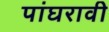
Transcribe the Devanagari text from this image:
पांघरावी